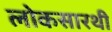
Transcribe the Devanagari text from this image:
लोकसारथी